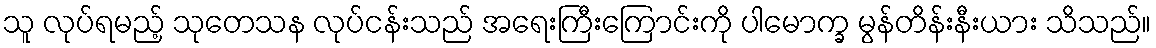
သူ လုပ်ရမည့် သုတေသန လုပ်ငန်းသည် အရေးကြီးကြောင်းကို ပါမောက္ခ မွန်တိန်းနီးယား သိသည်။